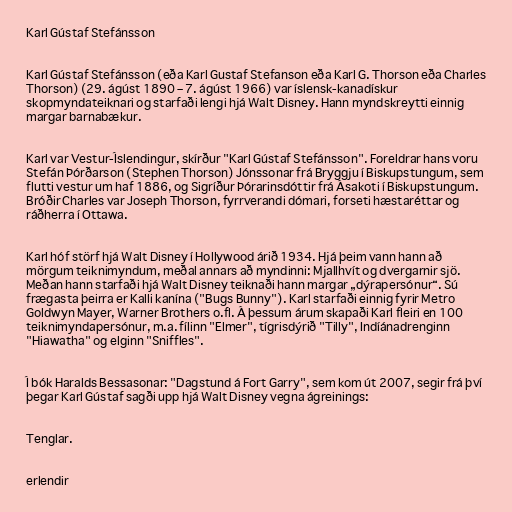
Karl Gústaf Stefánsson

Karl Gústaf Stefánsson (eða Karl Gustaf Stefanson eða Karl G. Thorson eða Charles
Thorson) (29. ágúst 1890 – 7. ágúst 1966) var íslensk-kanadískur
skopmyndateiknari og starfaði lengi hjá Walt Disney. Hann myndskreytti einnig
margar barnabækur.

Karl var Vestur-Íslendingur, skírður "Karl Gústaf Stefánsson". Foreldrar hans voru
Stefán Þórðarson (Stephen Thorson) Jónssonar frá Bryggju í Biskupstungum, sem
flutti vestur um haf 1886, og Sigríður Þórarinsdóttir frá Ásakoti í Biskupstungum.
Bróðir Charles var Joseph Thorson, fyrrverandi dómari, forseti hæstaréttar og
ráðherra í Ottawa.

Karl hóf störf hjá Walt Disney í Hollywood árið 1934. Hjá þeim vann hann að
mörgum teiknimyndum, meðal annars að myndinni: Mjallhvít og dvergarnir sjö.
Meðan hann starfaði hjá Walt Disney teiknaði hann margar „dýrapersónur“. Sú
frægasta þeirra er Kalli kanína ("Bugs Bunny"). Karl starfaði einnig fyrir Metro
Goldwyn Mayer, Warner Brothers o.fl. Á þessum árum skapaði Karl fleiri en 100
teiknimyndapersónur, m.a. fílinn "Elmer", tígrisdýrið "Tilly", Indíánadrenginn
"Hiawatha" og elginn "Sniffles".

Í bók Haralds Bessasonar: "Dagstund á Fort Garry", sem kom út 2007, segir frá því
þegar Karl Gústaf sagði upp hjá Walt Disney vegna ágreinings:

Tenglar.

erlendir